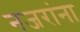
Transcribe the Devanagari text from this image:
नजरांना